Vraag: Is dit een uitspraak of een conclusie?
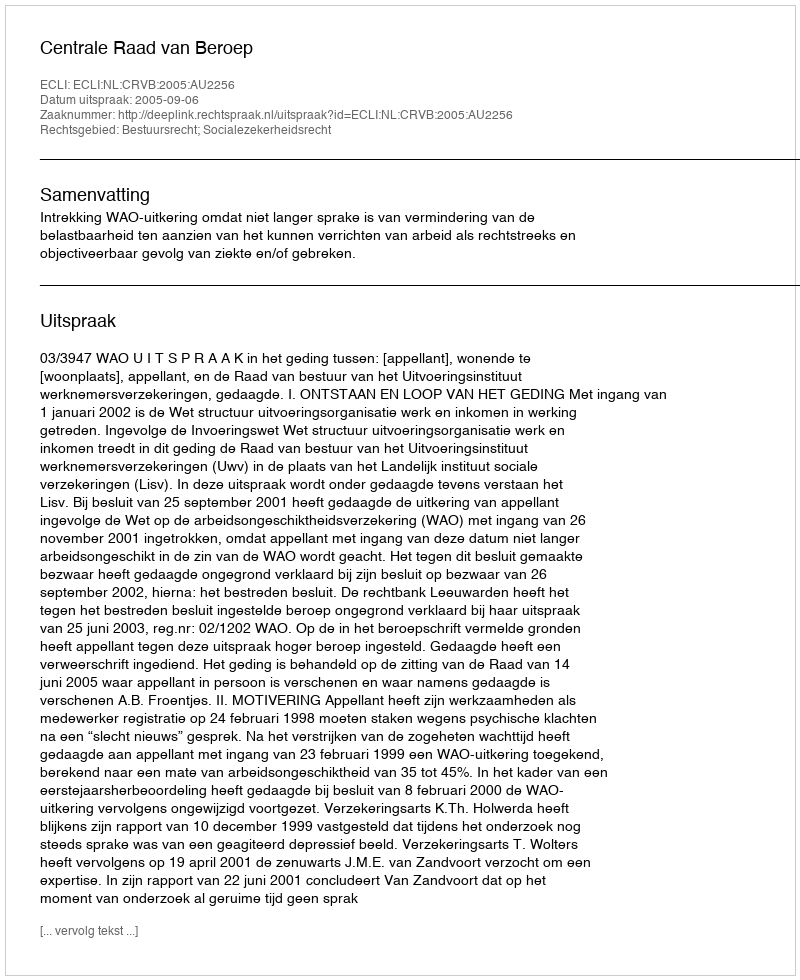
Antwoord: Uitspraak